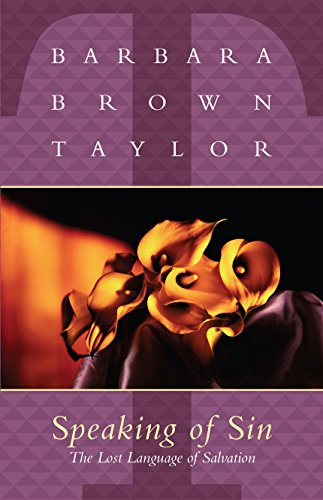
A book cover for Speaking of Sin: The Lost Language of Salvation; Barbara Taylor; Christian Books & Bibles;